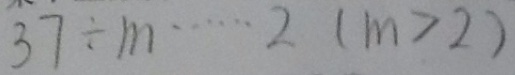
3 7 \div m \cdots 2 ( m > 2 )